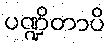
ပဏ္ဍိတာပိ